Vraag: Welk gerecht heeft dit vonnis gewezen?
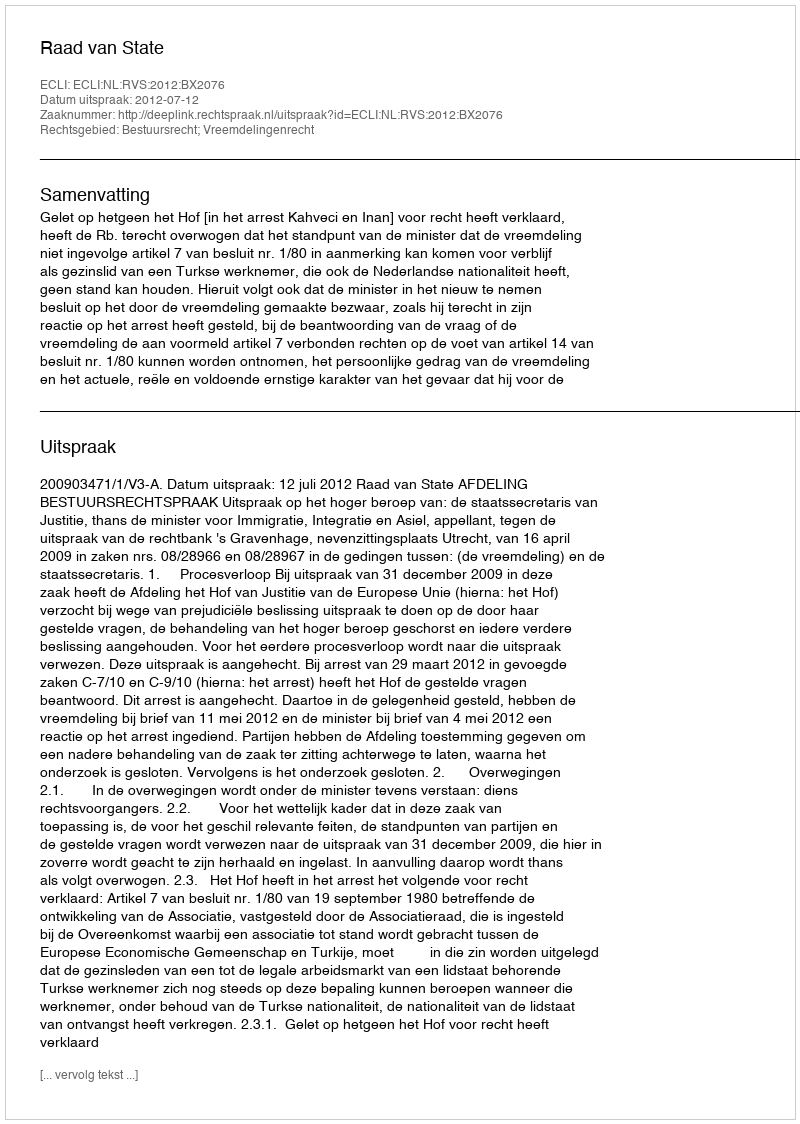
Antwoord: Raad van State